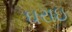
ઘરાઇ